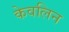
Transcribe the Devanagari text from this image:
केवलिन